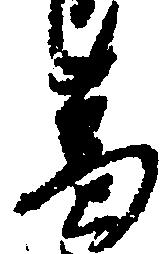
葛